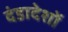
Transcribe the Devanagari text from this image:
दंडादेशों